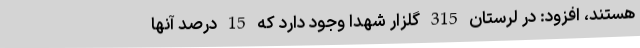
هستند، افزود: در لرستان 315 گلزار شهدا وجود دارد که 15 درصد آنها